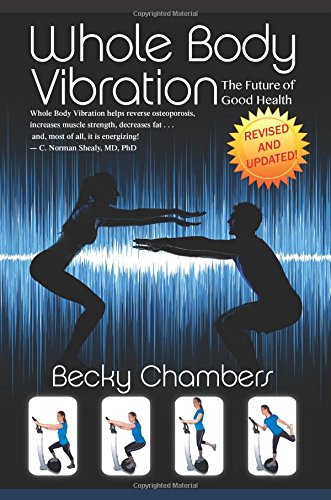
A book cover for Whole Body Vibration: The Future of Good Health; Becky Chambers; Health, Fitness & Dieting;